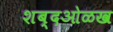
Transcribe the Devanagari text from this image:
शब्दओळख